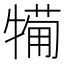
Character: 𤛟